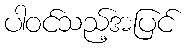
ပါဝင်သည့်အပြင်